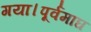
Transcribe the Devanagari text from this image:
गया।पूर्वमाघ